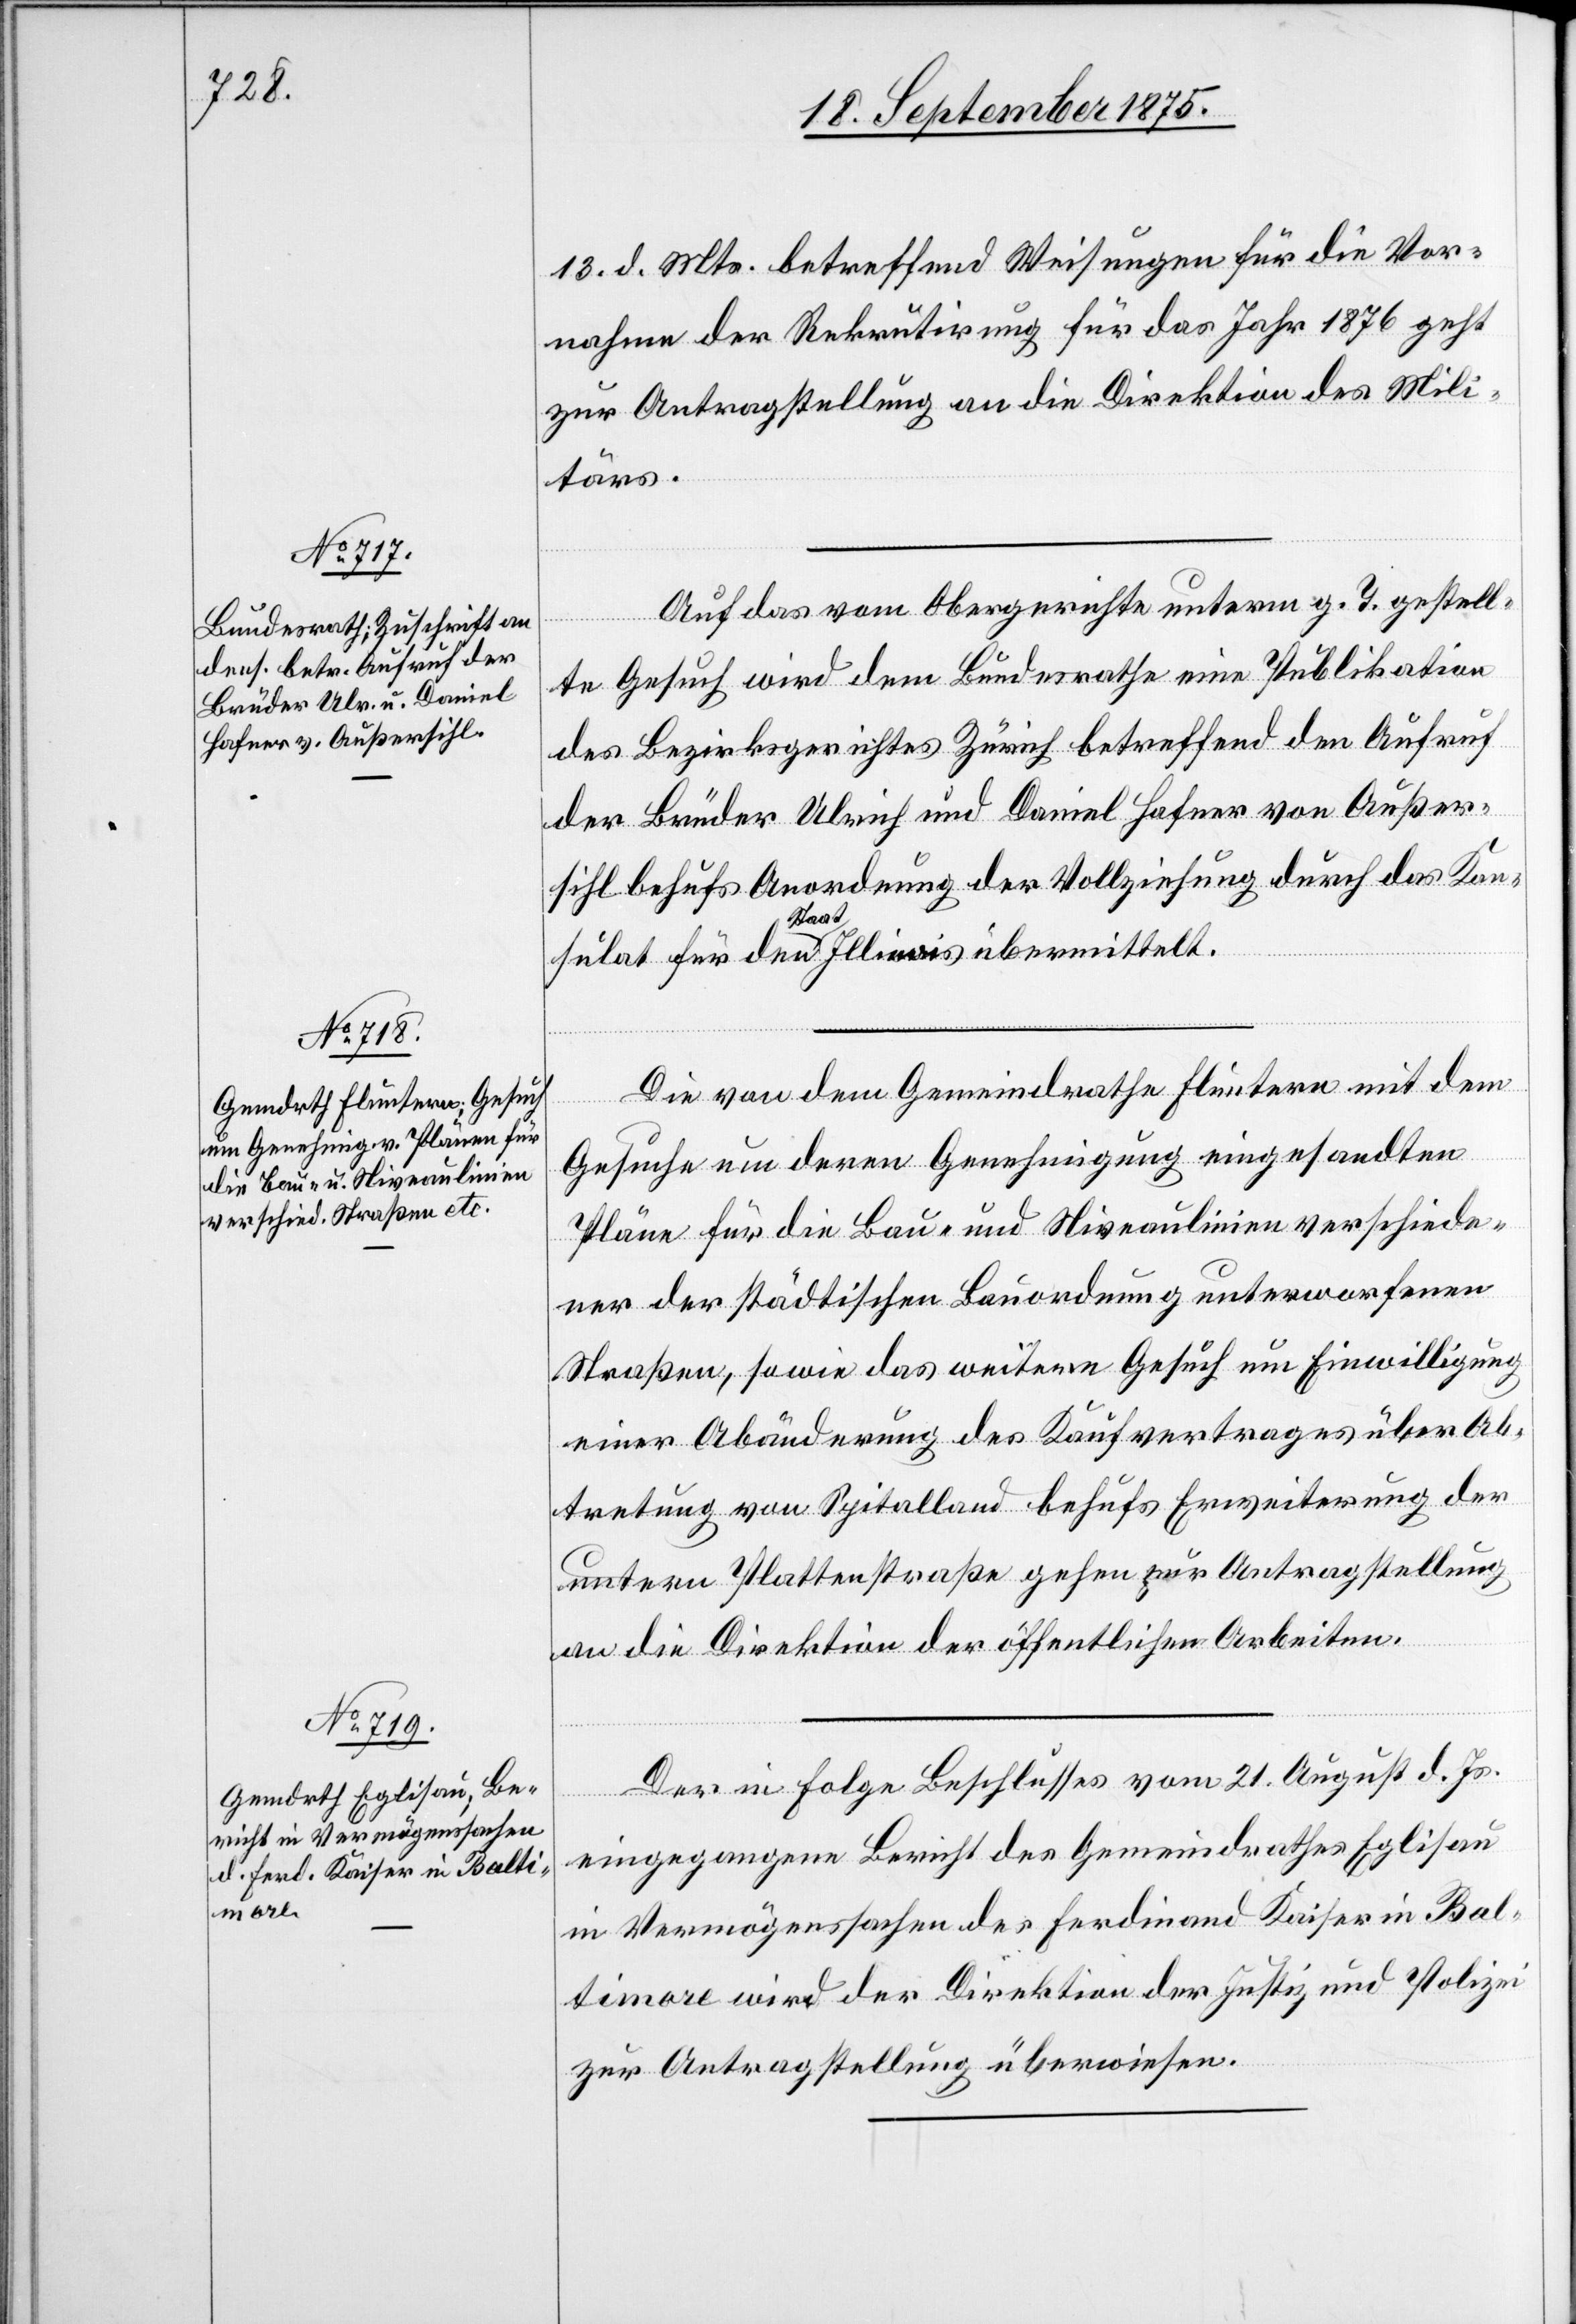
22. September 1875.]
13. d. Mts. betreffend Weisungen für die Vor¬
nahme der Rekrutirung für das Jahr 1876 geht
zur Antragstellung an die Direktion des Mili¬
tärs.
Auf das vom Obergerichte unterm g. T. gestell¬
[Präsidial-Verfügungen.
te Gesuch wird dem Bundesrathe eine Publikation
des Bezirksgerichtes Zürich betreffend den Aufruf
der Brüder Ulrich und Daniel Hafner von Außer¬
sihl behufs Anordnung der Vollziehung durch das Kon¬
Staat
Die von dem Gemeindrathe Fluntern mit dem
Gesuche um deren Genehmigung eingesandten
Pläne für die Bau- und Niveaulinien verschiede¬
ner der städtischen Bauordnung unterworfenen
Straßen, sowie das weitere Gesuch um Einwilligung
einer Abänderung des Kaufvertrages über Ab¬
tretung von Spitalland behufs Erweiterung der
untern Plattenstraße gehen zur Antragstellung
an die Direktion der öffentlichen Arbeiten.
Der in Folge Beschlusses vom 21. August d. Js.
eingegangene Bericht des Gemeindrathes Eglisau
in Vermögenssachen des Ferdinand Kaiser in Bal¬
timore wird der Direktion der Justiz und Polizei
zur Antragstellung überwiesen.